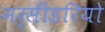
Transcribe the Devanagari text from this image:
मर्सीडरियो